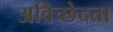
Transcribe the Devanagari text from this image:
अविच्छेदता